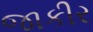
જાકીર